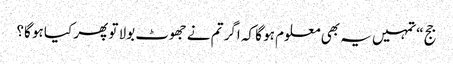
جج “تمہیں یہ بھی معلوم ہو گا کہ اگر تم نے جھوٹ بولا تو پھر کیا ہو گا؟